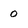
Character: 0